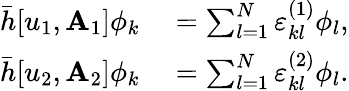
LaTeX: \begin{array}{rl}{\bar{h}[u_{1},\mathbf{A}_{1}]\phi_{k}}&{{}=\sum_{l=1}^{N}\varepsilon_{kl}^{(1)}\phi_{l},}\\ {\bar{h}[u_{2},\mathbf{A}_{2}]\phi_{k}}&{{}=\sum_{l=1}^{N}\varepsilon_{kl}^{(2)}\phi_{l}.}\end{array}